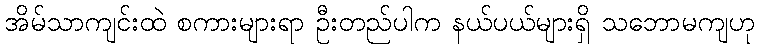
အိမ်သာကျင်းထဲ စကားများရာ ဦးတည်ပါက နယ်ပယ်များရှိ သဘောမကျဟု